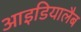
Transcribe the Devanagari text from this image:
आइडियालैब